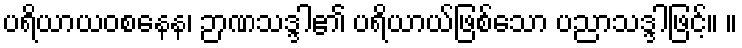
ပရိယာယဝစနေန၊ ဉာဏသဒ္ဒါ၏ ပရိယာယ်ဖြစ်သော ပညာသဒ္ဒါဖြင့်။ ။